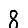
Digit: 8